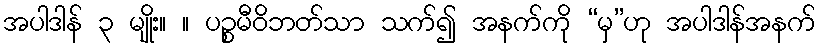
အပါဒါန် ၃ မျိုး။ ။ ပဉ္စမီဝိဘတ်သာ သက်၍ အနက်ကို “မှ”ဟု အပါဒါန်အနက်